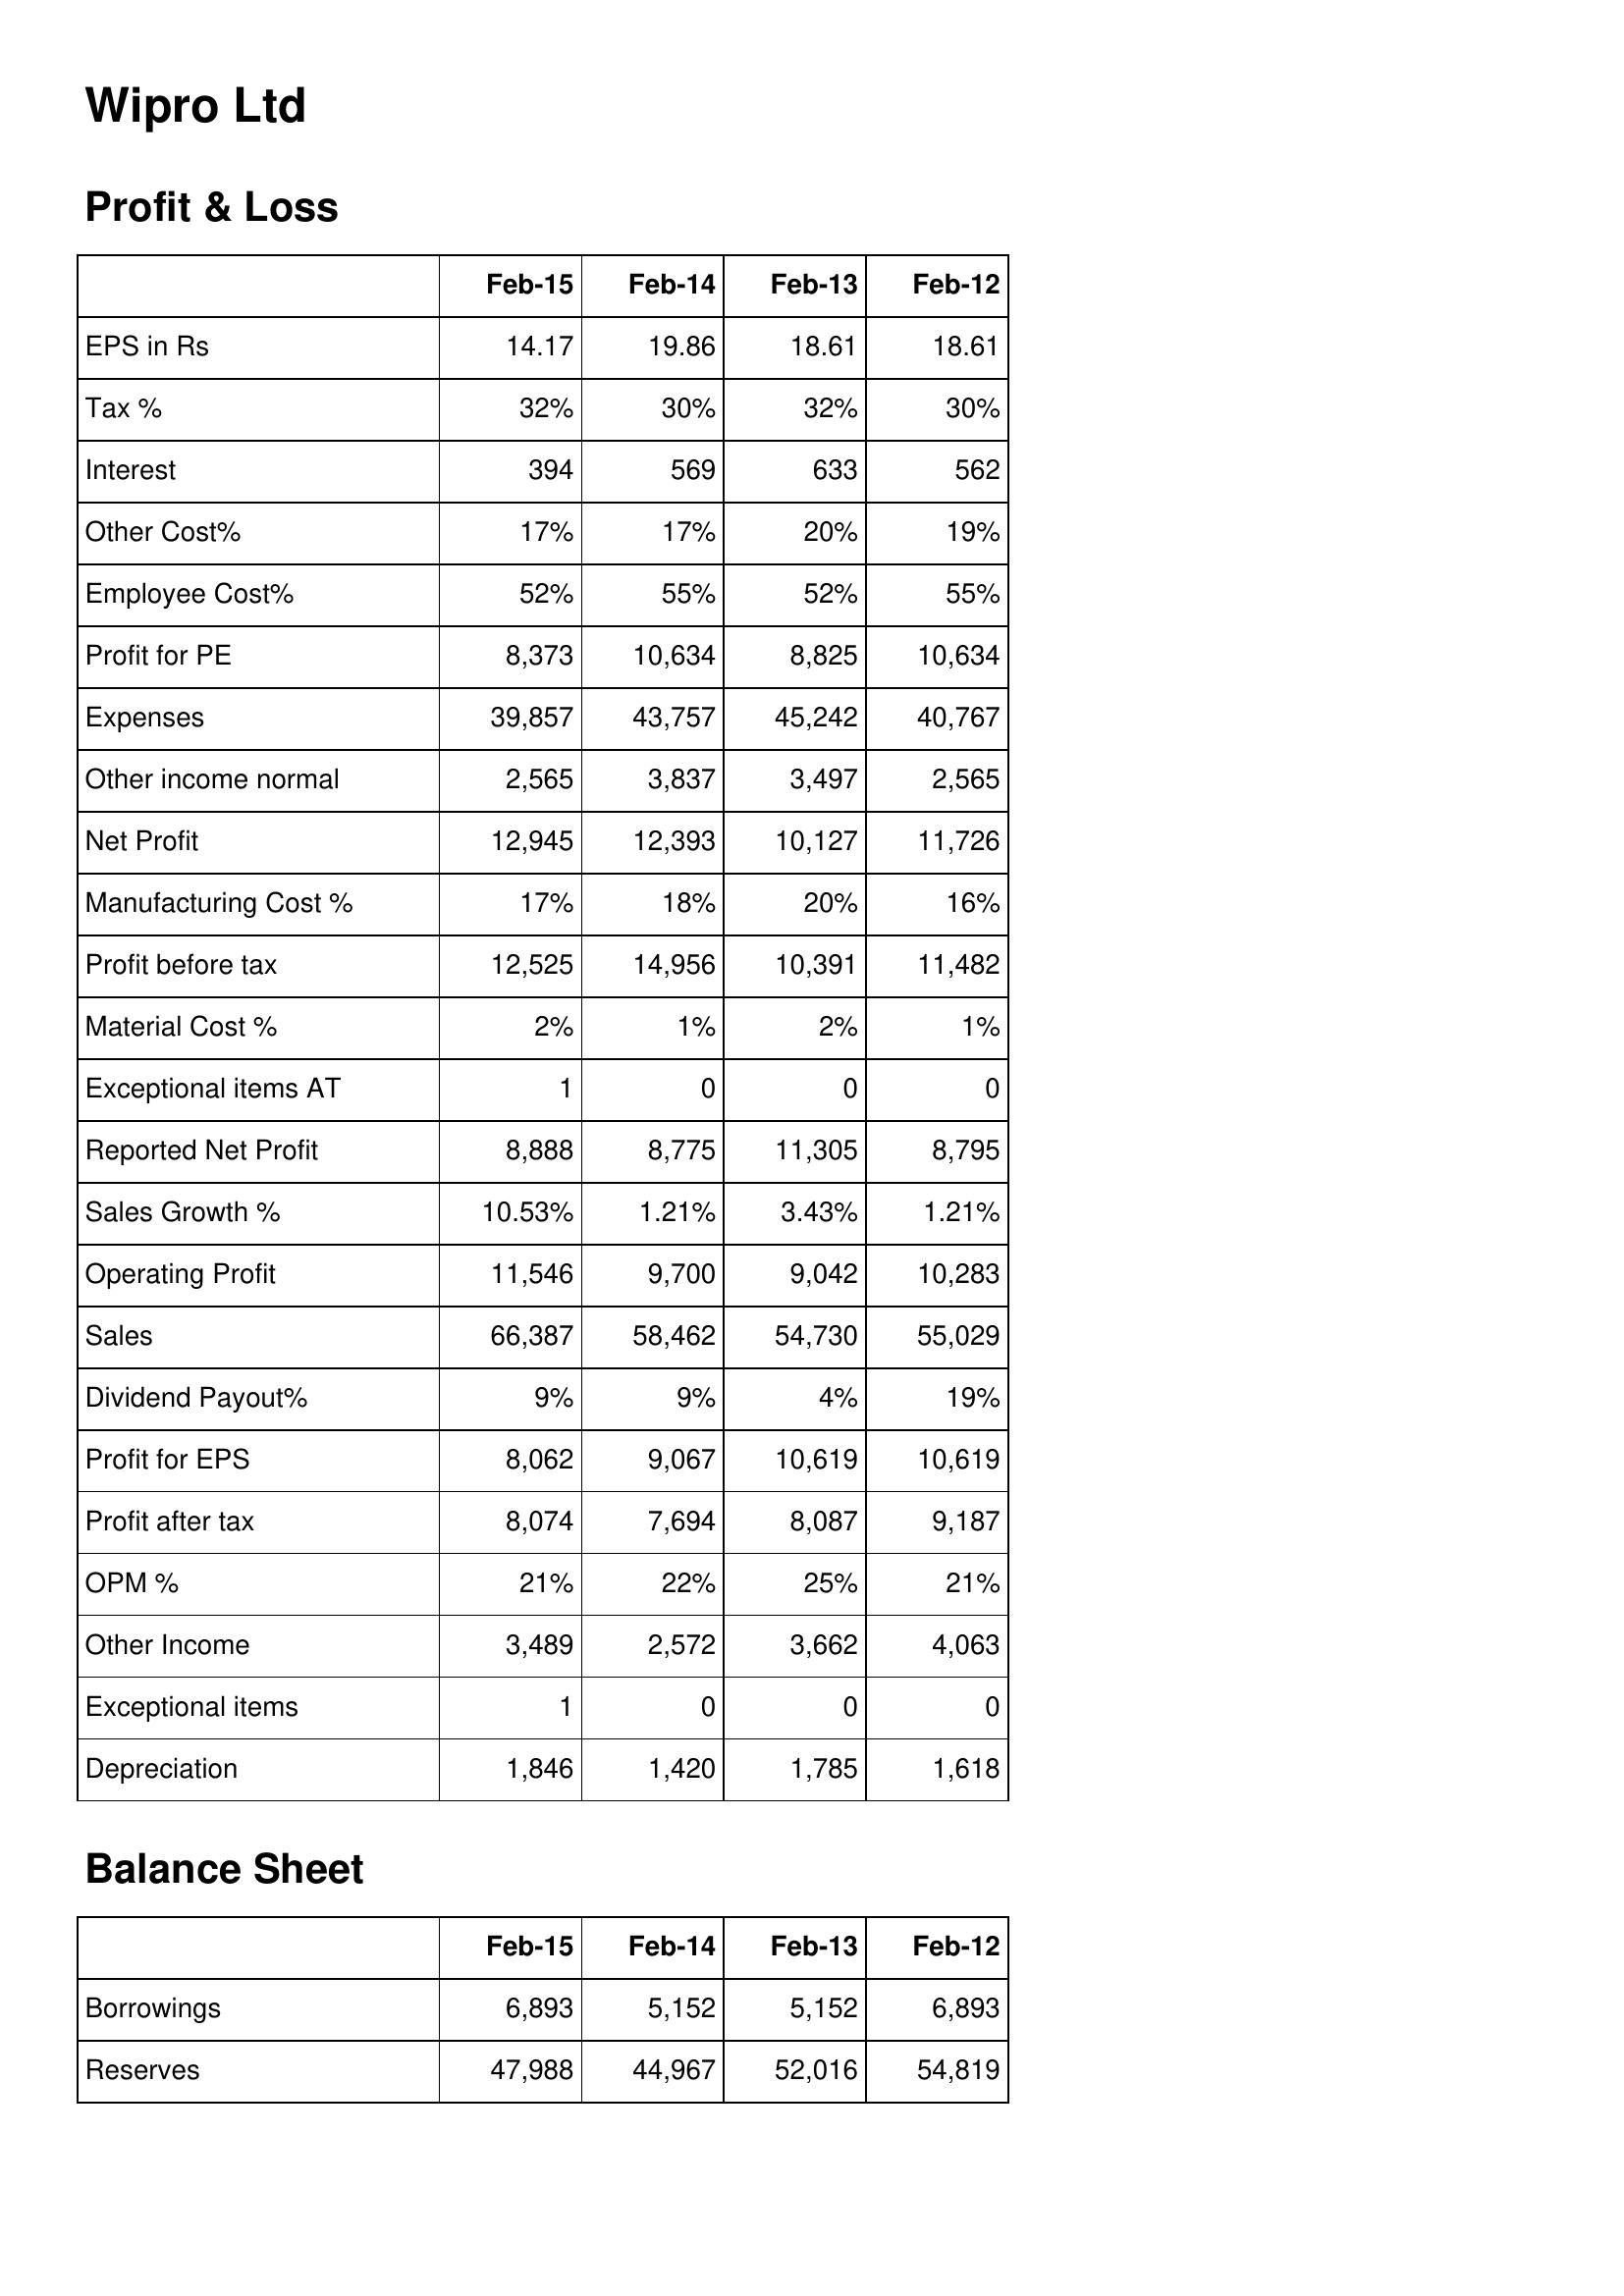
Feb-15: Profit & Loss: EPS in Rs: 14.17
Tax %: 32%
Interest: 394
Other Cost%: 17%
Employee Cost%: 52%
Profit for PE: 8,373
Expenses: 39,857
Other income normal: 2,565
Net Profit: 12,945
Manufacturing Cost %: 17%
Profit before tax: 12,525
Material Cost %: 2%
Exceptional items AT: 1
Reported Net Profit: 8,888
Sales Growth %: 10.53%
Operating Profit: 11,546
Sales: 66,387
Dividend Payout%: 9%
Profit for EPS: 8,062
Profit after tax: 8,074
OPM %: 21%
Other Income: 3,489
Exceptional items: 1
Depreciation: 1,846
Balance Sheet: Borrowings: 6,893
Reserves: 47,988
Feb-14: Profit & Loss: EPS in Rs: 19.86
Tax %: 30%
Interest: 569
Other Cost%: 17%
Employee Cost%: 55%
Profit for PE: 10,634
Expenses: 43,757
Other income normal: 3,837
Net Profit: 12,393
Manufacturing Cost %: 18%
Profit before tax: 14,956
Material Cost %: 1%
Exceptional items AT: 0
Reported Net Profit: 8,775
Sales Growth %: 1.21%
Operating Profit: 9,700
Sales: 58,462
Dividend Payout%: 9%
Profit for EPS: 9,067
Profit after tax: 7,694
OPM %: 22%
Other Income: 2,572
Exceptional items: 0
Depreciation: 1,420
Balance Sheet: Borrowings: 5,152
Reserves: 44,967
Feb-13: Profit & Loss: EPS in Rs: 18.61
Tax %: 32%
Interest: 633
Other Cost%: 20%
Employee Cost%: 52%
Profit for PE: 8,825
Expenses: 45,242
Other income normal: 3,497
Net Profit: 10,127
Manufacturing Cost %: 20%
Profit before tax: 10,391
Material Cost %: 2%
Exceptional items AT: 0
Reported Net Profit: 11,305
Sales Growth %: 3.43%
Operating Profit: 9,042
Sales: 54,730
Dividend Payout%: 4%
Profit for EPS: 10,619
Profit after tax: 8,087
OPM %: 25%
Other Income: 3,662
Exceptional items: 0
Depreciation: 1,785
Balance Sheet: Borrowings: 5,152
Reserves: 52,016
Feb-12: Profit & Loss: EPS in Rs: 18.61
Tax %: 30%
Interest: 562
Other Cost%: 19%
Employee Cost%: 55%
Profit for PE: 10,634
Expenses: 40,767
Other income normal: 2,565
Net Profit: 11,726
Manufacturing Cost %: 16%
Profit before tax: 11,482
Material Cost %: 1%
Exceptional items AT: 0
Reported Net Profit: 8,795
Sales Growth %: 1.21%
Operating Profit: 10,283
Sales: 55,029
Dividend Payout%: 19%
Profit for EPS: 10,619
Profit after tax: 9,187
OPM %: 21%
Other Income: 4,063
Exceptional items: 0
Depreciation: 1,618
Balance Sheet: Borrowings: 6,893
Reserves: 54,819